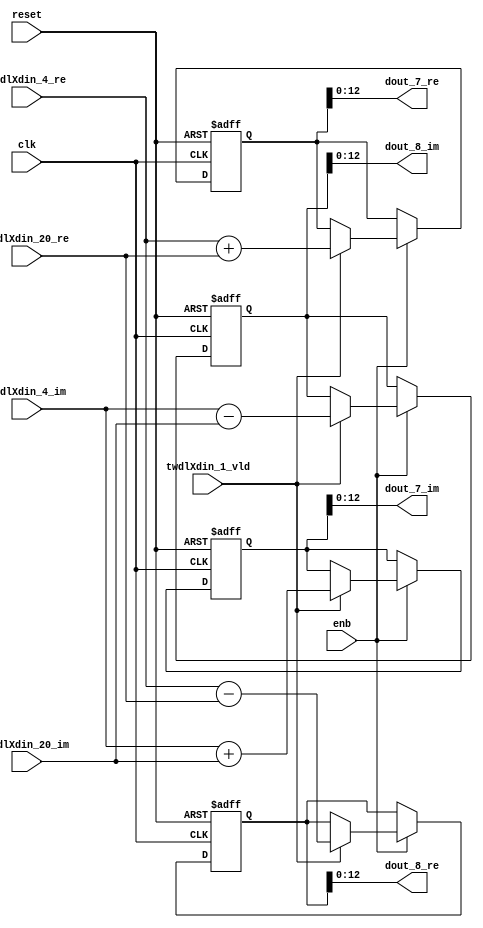
// -------------------------------------------------------------
// 
// 
// Generated by MATLAB 9.14 and HDL Coder 4.1
// 
// -------------------------------------------------------------


// -------------------------------------------------------------
// 
// Module: RADIX22FFT_SDNF1_1_block2
// Source Path: RSP/RSP/Velocity Processor/Doppler Processing/Doppler Processor/FFT/RADIX22FFT_SDNF1_1
// Hierarchy Level: 5
// 
// -------------------------------------------------------------

`timescale 1 ns / 1 ns

module RADIX22FFT_SDNF1_1_block2
          (clk,
           reset,
           enb,
           twdlXdin_4_re,
           twdlXdin_4_im,
           twdlXdin_20_re,
           twdlXdin_20_im,
           twdlXdin_1_vld,
           dout_7_re,
           dout_7_im,
           dout_8_re,
           dout_8_im);


  input   clk;
  input   reset;
  input   enb;
  input   signed [12:0] twdlXdin_4_re;  // sfix13_En10
  input   signed [12:0] twdlXdin_4_im;  // sfix13_En10
  input   signed [12:0] twdlXdin_20_re;  // sfix13_En10
  input   signed [12:0] twdlXdin_20_im;  // sfix13_En10
  input   twdlXdin_1_vld;
  output  signed [12:0] dout_7_re;  // sfix13_En10
  output  signed [12:0] dout_7_im;  // sfix13_En10
  output  signed [12:0] dout_8_re;  // sfix13_En10
  output  signed [12:0] dout_8_im;  // sfix13_En10


  reg signed [13:0] Radix22ButterflyG1_NF_btf1_re_reg;  // sfix14
  reg signed [13:0] Radix22ButterflyG1_NF_btf1_im_reg;  // sfix14
  reg signed [13:0] Radix22ButterflyG1_NF_btf2_re_reg;  // sfix14
  reg signed [13:0] Radix22ButterflyG1_NF_btf2_im_reg;  // sfix14
  reg  Radix22ButterflyG1_NF_dinXtwdl_vld_dly1;
  reg signed [13:0] Radix22ButterflyG1_NF_btf1_re_reg_next;  // sfix14_En10
  reg signed [13:0] Radix22ButterflyG1_NF_btf1_im_reg_next;  // sfix14_En10
  reg signed [13:0] Radix22ButterflyG1_NF_btf2_re_reg_next;  // sfix14_En10
  reg signed [13:0] Radix22ButterflyG1_NF_btf2_im_reg_next;  // sfix14_En10
  reg  Radix22ButterflyG1_NF_dinXtwdl_vld_dly1_next;
  reg signed [12:0] dout_7_re_1;  // sfix13_En10
  reg signed [12:0] dout_7_im_1;  // sfix13_En10
  reg signed [12:0] dout_8_re_1;  // sfix13_En10
  reg signed [12:0] dout_8_im_1;  // sfix13_En10
  reg  dout_7_vld;
  reg signed [13:0] Radix22ButterflyG1_NF_add_cast;  // sfix14_En10
  reg signed [13:0] Radix22ButterflyG1_NF_add_cast_0;  // sfix14_En10
  reg signed [13:0] Radix22ButterflyG1_NF_sub_cast;  // sfix14_En10
  reg signed [13:0] Radix22ButterflyG1_NF_sub_cast_0;  // sfix14_En10
  reg signed [13:0] Radix22ButterflyG1_NF_add_cast_1;  // sfix14_En10
  reg signed [13:0] Radix22ButterflyG1_NF_add_cast_2;  // sfix14_En10
  reg signed [13:0] Radix22ButterflyG1_NF_sub_cast_1;  // sfix14_En10
  reg signed [13:0] Radix22ButterflyG1_NF_sub_cast_2;  // sfix14_En10


  // Radix22ButterflyG1_NF
  always @(posedge clk or posedge reset)
    begin : Radix22ButterflyG1_NF_process
      if (reset == 1'b1) begin
        Radix22ButterflyG1_NF_btf1_re_reg <= 14'sb00000000000000;
        Radix22ButterflyG1_NF_btf1_im_reg <= 14'sb00000000000000;
        Radix22ButterflyG1_NF_btf2_re_reg <= 14'sb00000000000000;
        Radix22ButterflyG1_NF_btf2_im_reg <= 14'sb00000000000000;
        Radix22ButterflyG1_NF_dinXtwdl_vld_dly1 <= 1'b0;
      end
      else begin
        if (enb) begin
          Radix22ButterflyG1_NF_btf1_re_reg <= Radix22ButterflyG1_NF_btf1_re_reg_next;
          Radix22ButterflyG1_NF_btf1_im_reg <= Radix22ButterflyG1_NF_btf1_im_reg_next;
          Radix22ButterflyG1_NF_btf2_re_reg <= Radix22ButterflyG1_NF_btf2_re_reg_next;
          Radix22ButterflyG1_NF_btf2_im_reg <= Radix22ButterflyG1_NF_btf2_im_reg_next;
          Radix22ButterflyG1_NF_dinXtwdl_vld_dly1 <= Radix22ButterflyG1_NF_dinXtwdl_vld_dly1_next;
        end
      end
    end

  always @(Radix22ButterflyG1_NF_btf1_im_reg, Radix22ButterflyG1_NF_btf1_re_reg,
       Radix22ButterflyG1_NF_btf2_im_reg, Radix22ButterflyG1_NF_btf2_re_reg,
       Radix22ButterflyG1_NF_dinXtwdl_vld_dly1, twdlXdin_1_vld, twdlXdin_20_im,
       twdlXdin_20_re, twdlXdin_4_im, twdlXdin_4_re) begin
    Radix22ButterflyG1_NF_add_cast = 14'sb00000000000000;
    Radix22ButterflyG1_NF_add_cast_0 = 14'sb00000000000000;
    Radix22ButterflyG1_NF_sub_cast = 14'sb00000000000000;
    Radix22ButterflyG1_NF_sub_cast_0 = 14'sb00000000000000;
    Radix22ButterflyG1_NF_add_cast_1 = 14'sb00000000000000;
    Radix22ButterflyG1_NF_add_cast_2 = 14'sb00000000000000;
    Radix22ButterflyG1_NF_sub_cast_1 = 14'sb00000000000000;
    Radix22ButterflyG1_NF_sub_cast_2 = 14'sb00000000000000;
    Radix22ButterflyG1_NF_btf1_re_reg_next = Radix22ButterflyG1_NF_btf1_re_reg;
    Radix22ButterflyG1_NF_btf1_im_reg_next = Radix22ButterflyG1_NF_btf1_im_reg;
    Radix22ButterflyG1_NF_btf2_re_reg_next = Radix22ButterflyG1_NF_btf2_re_reg;
    Radix22ButterflyG1_NF_btf2_im_reg_next = Radix22ButterflyG1_NF_btf2_im_reg;
    Radix22ButterflyG1_NF_dinXtwdl_vld_dly1_next = twdlXdin_1_vld;
    if (twdlXdin_1_vld) begin
      Radix22ButterflyG1_NF_add_cast = {twdlXdin_4_re[12], twdlXdin_4_re};
      Radix22ButterflyG1_NF_add_cast_0 = {twdlXdin_20_re[12], twdlXdin_20_re};
      Radix22ButterflyG1_NF_btf1_re_reg_next = Radix22ButterflyG1_NF_add_cast + Radix22ButterflyG1_NF_add_cast_0;
      Radix22ButterflyG1_NF_sub_cast = {twdlXdin_4_re[12], twdlXdin_4_re};
      Radix22ButterflyG1_NF_sub_cast_0 = {twdlXdin_20_re[12], twdlXdin_20_re};
      Radix22ButterflyG1_NF_btf2_re_reg_next = Radix22ButterflyG1_NF_sub_cast - Radix22ButterflyG1_NF_sub_cast_0;
      Radix22ButterflyG1_NF_add_cast_1 = {twdlXdin_4_im[12], twdlXdin_4_im};
      Radix22ButterflyG1_NF_add_cast_2 = {twdlXdin_20_im[12], twdlXdin_20_im};
      Radix22ButterflyG1_NF_btf1_im_reg_next = Radix22ButterflyG1_NF_add_cast_1 + Radix22ButterflyG1_NF_add_cast_2;
      Radix22ButterflyG1_NF_sub_cast_1 = {twdlXdin_4_im[12], twdlXdin_4_im};
      Radix22ButterflyG1_NF_sub_cast_2 = {twdlXdin_20_im[12], twdlXdin_20_im};
      Radix22ButterflyG1_NF_btf2_im_reg_next = Radix22ButterflyG1_NF_sub_cast_1 - Radix22ButterflyG1_NF_sub_cast_2;
    end
    dout_7_re_1 = Radix22ButterflyG1_NF_btf1_re_reg[12:0];
    dout_7_im_1 = Radix22ButterflyG1_NF_btf1_im_reg[12:0];
    dout_8_re_1 = Radix22ButterflyG1_NF_btf2_re_reg[12:0];
    dout_8_im_1 = Radix22ButterflyG1_NF_btf2_im_reg[12:0];
    dout_7_vld = Radix22ButterflyG1_NF_dinXtwdl_vld_dly1;
  end



  assign dout_7_re = dout_7_re_1;

  assign dout_7_im = dout_7_im_1;

  assign dout_8_re = dout_8_re_1;

  assign dout_8_im = dout_8_im_1;

endmodule  // RADIX22FFT_SDNF1_1_block2